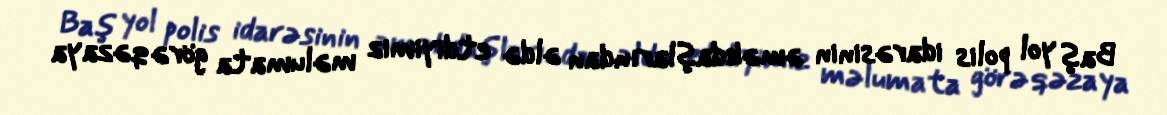
Baş yol polis idarəsinin əməkdaşlarından əldə etdiyimiz məlumata görə qəzaya